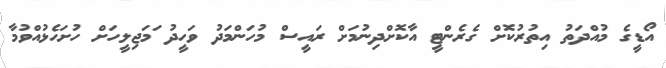
އޯޑީގެ މުއްދަތު އިތުރުކޮށް ގެރެންޓީ އާކޮށްދިނުމަށް ރައީސް މުހަންމަދު ވަހީދު ަމަޖިލީހަށް ހުށަހެޅުއްވުމާ